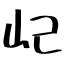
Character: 屺